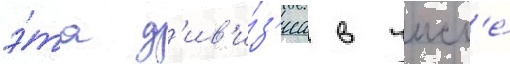
э́та д'ив'и́з'иа в числ'е́